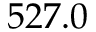
5 2 7 . 0